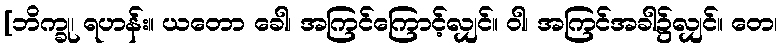
[ဘိက္ခု၊ ရဟန်း။ ယတော ခေါ၊ အကြင်ကြောင့်လျှင်။ ဝါ၊ အကြင်အခါ၌လျှင်။ တေ၊